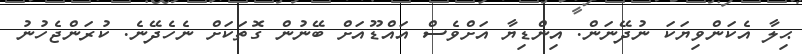
ޙިލާ އެކަންވިޔަކަ ނުދޭނަން. އިންޑިޔާ އަށްވެސް އައްޑޫއަށް ބޭނުން ގޮތަކަށް ނެހެދޭނެ. ކުރަންޖެހުނު